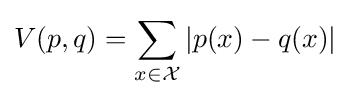
V(p,q)=\sum _{x\in {\mathcal {X}}}|p(x)-q(x)|